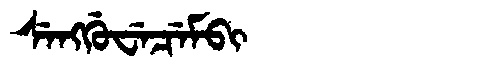
Manchu: ᠰᡝᠩᡤᡠᠸᡝᠴᡝᠮᠪᡳ
Romanization: SENGGUWECEMBI